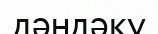
дәндәку